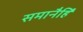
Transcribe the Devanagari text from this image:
समानैर्हि